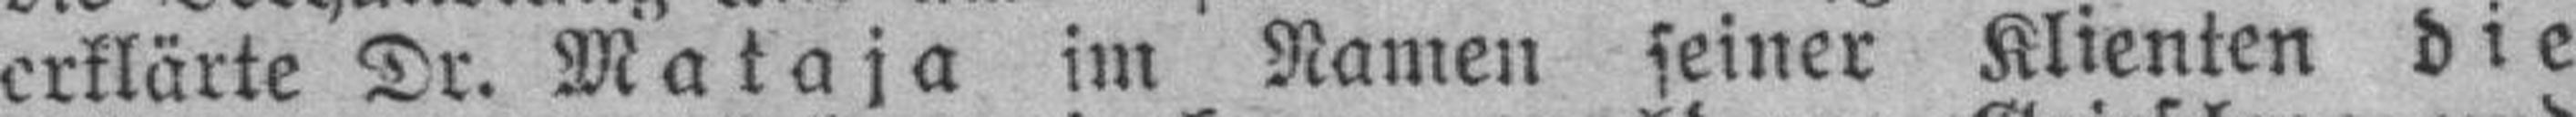
erklärte Dr. Mataja im Namen seiner Klienten die